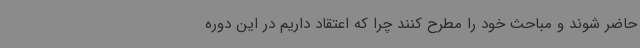
حاضر شوند و مباحث خود را مطرح کنند چرا که اعتقاد داریم در این دوره